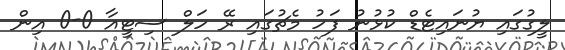
ލީގުގައި ޔުނައިޓެޑް ކުޅުނު ފަހު މެޗުގައި ރޭ ހަލް ސިޓީއާ 0-0 އިން